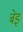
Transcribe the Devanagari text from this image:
बेइ